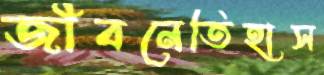
জীবনেতিহাস